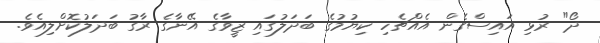
ދޯ" ރުޅި އައިސްގެން އެއްޗެހި ކިޔުމުގެ ބަދަލުގައި ޒީވާގެ އޭނާގެ ރާގު ބަދަލުކޮށްލިއެވެ.